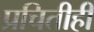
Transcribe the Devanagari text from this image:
प्रचितीही